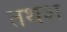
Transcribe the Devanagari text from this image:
तथश